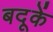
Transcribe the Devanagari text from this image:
बदूकें